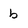
Character: b